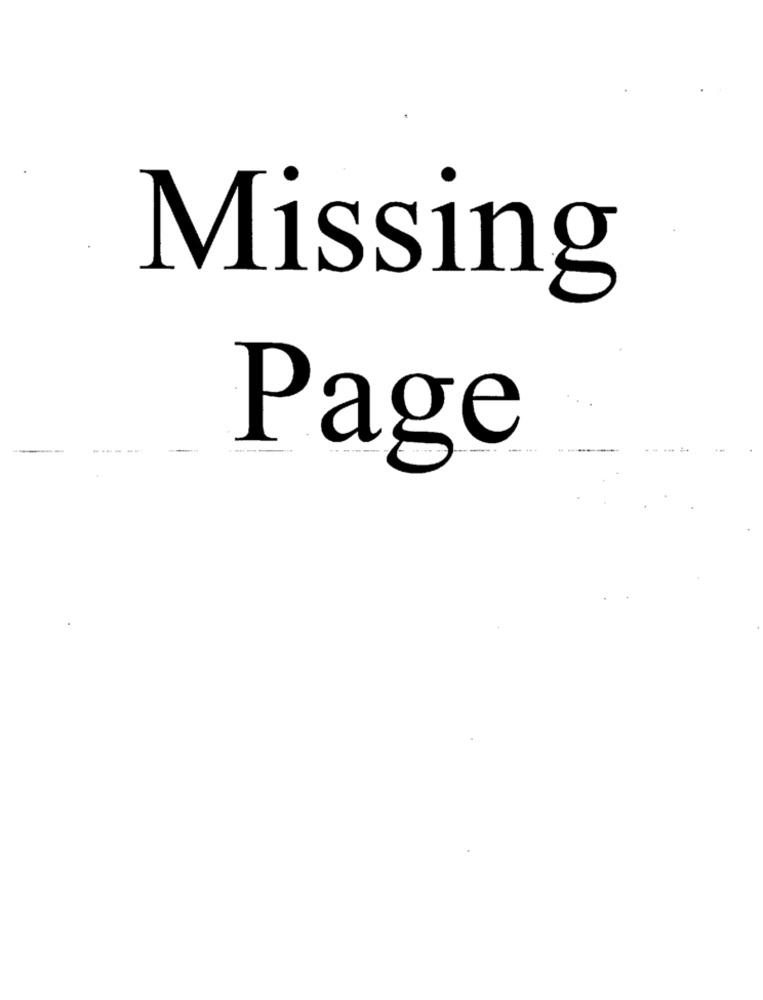
Missing
------
--- -
Page